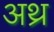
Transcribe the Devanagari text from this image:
अथ्र